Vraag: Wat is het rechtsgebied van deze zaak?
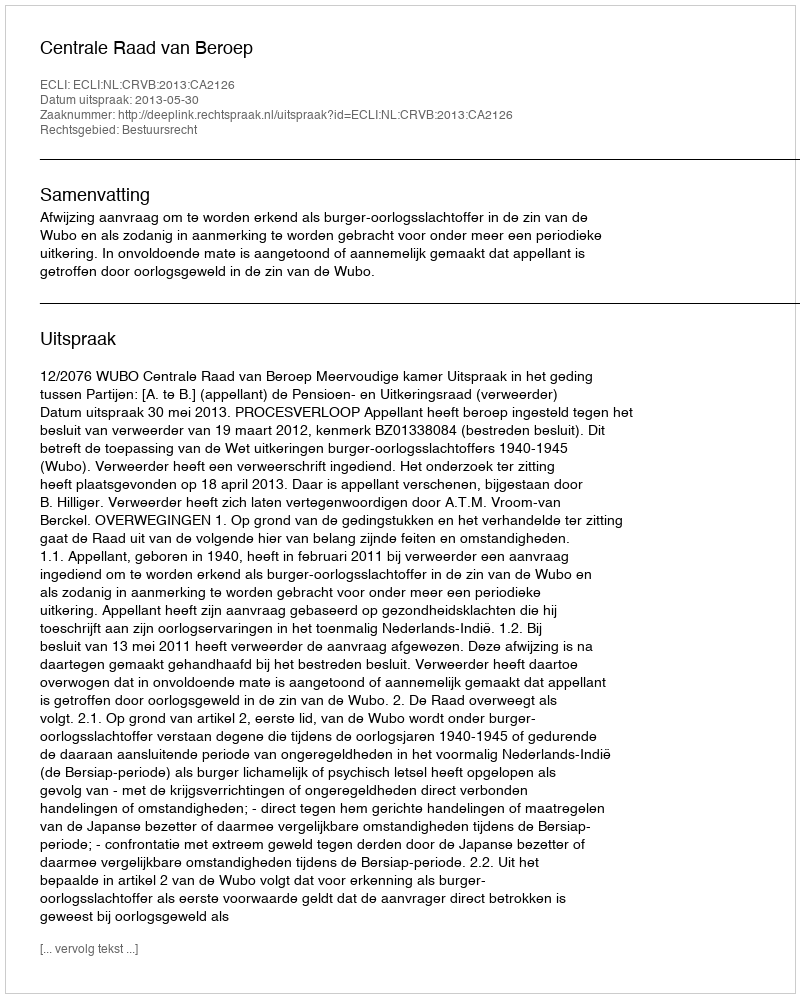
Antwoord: Bestuursrecht